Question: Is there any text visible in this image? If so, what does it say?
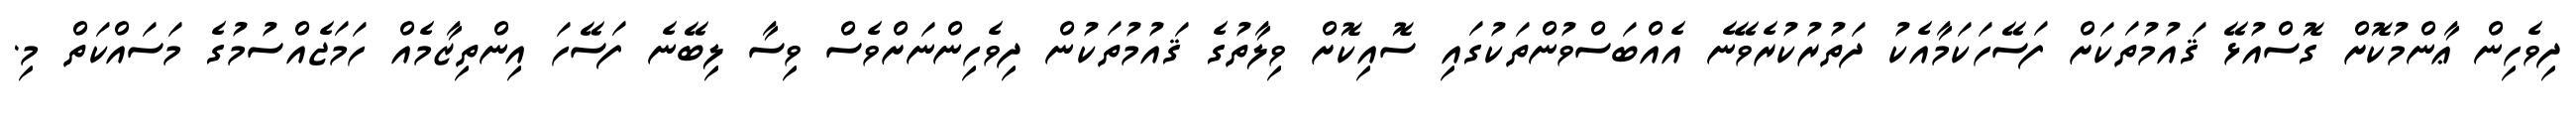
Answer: ދިވެހިން ޢާންމުކޮށް ގޮސްއުޅޭ ޤައުމުތަކަށް ފަސޭހަކަމާއެކު ދަތުރުކުރެވޭނެ އެއްބަސްވުންތަކުގައި ސޮއިކޮށް ވިލާތުގެ ޤައުމުތަކުން ދިވެހިންނަށްވެސް ވިސާ ލިބޭނެ ފަސޭހަ އިންތިޒާމެއް ހަމަޖެއްސުމުގެ މަސައްކަތް މި.